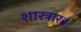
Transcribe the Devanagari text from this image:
शास्त्रारत्र